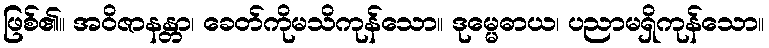
ဖြစ်၏။ အဝိဇာနန္တာ၊ ခေတ်ကိုမသိကုန်သော။ ဒုမ္မေဓာယ၊ ပညာမရှိကုန်သော။